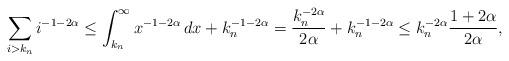
LaTeX: \begin{align*}\sum_{i>k_n}i^{-1-2\alpha} \leq \int_{k_n}^\infty x^{-1-2\alpha}\, dx + k_n^{-1-2\alpha} = \frac{k_n^{-2\alpha}}{2\alpha} + k_n^{-1-2\alpha} \leq k_n^{-2\alpha} \frac{1+2\alpha}{2\alpha}, \end{align*}